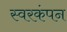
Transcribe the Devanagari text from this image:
स्वरकंपन